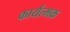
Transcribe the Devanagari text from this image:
कार्यत्मक